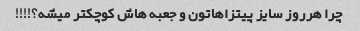
چرا هرروز سایز پیتزاهاتون و جعبه هاش کوچکتر میشه؟!!!!